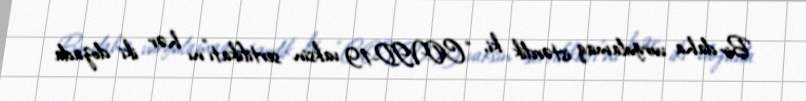
Bir daha vurğulamaq istərdik ki, “COVID-19 vaksin sertifikatı”nı hər iki dozada